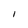
Character: l